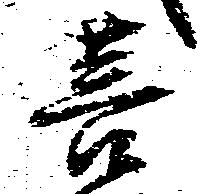
菩